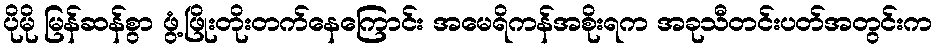
ပိုမို မြန်ဆန်စွာ ဖွံ့ဖြိုးတိုးတက်နေကြောင်း အမေရိကန်အစိုးရက အခုသီတင်းပတ်အတွင်းက